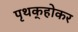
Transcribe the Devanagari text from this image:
पृथक्‌होकर